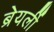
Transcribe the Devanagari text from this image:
ब्रेयर्ली